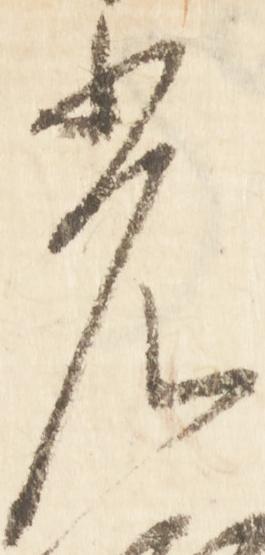
光